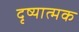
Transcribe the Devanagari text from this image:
दृष्यात्मक